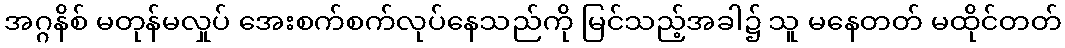
အဂ္ဂနိစ် မတုန်မလှုပ် အေးစက်စက်လုပ်နေသည်ကို မြင်သည့်အခါ၌ သူ မနေတတ် မထိုင်တတ်